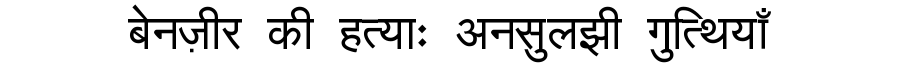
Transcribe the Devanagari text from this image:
बेनज़ीर की हत्याः अनसुलझी गुत्थियाँ